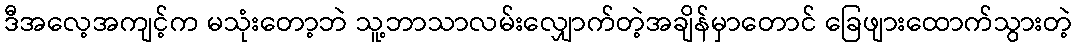
ဒီအလေ့အကျင့်က မသုံးတော့ဘဲ သူ့ဘာသာလမ်းလျှောက်တဲ့အချိန်မှာတောင် ခြေဖျားထောက်သွားတဲ့